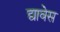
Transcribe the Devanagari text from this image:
द्यावेस